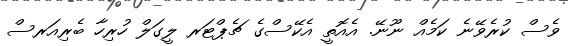
ވެސް ކުރެވޭނެ ކަމެއް ނޫނޭ. އެއޮތީ އެކޭސްގެ ޗެޕްޓަރ ލީގަލް ހުރިހާ ބެރިއަރސް